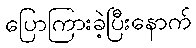
ပြောကြားခဲ့ပြီးနောက်